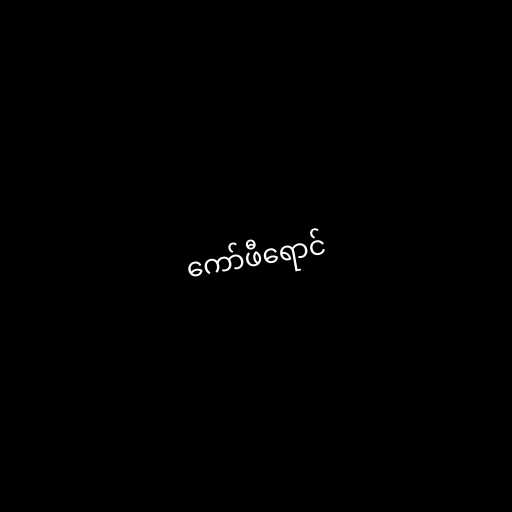
ကော်ဖီရောင်